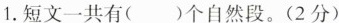
1.短文一共有()个自然段。(2分)